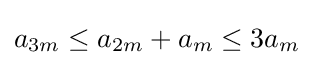
a_{3m}\leq a_{2m}+a_{m}\leq 3a_{m}